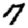
Digit: 7